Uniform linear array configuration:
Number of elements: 8
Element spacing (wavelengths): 1
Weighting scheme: cosine
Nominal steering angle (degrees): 60
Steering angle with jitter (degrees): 61.163
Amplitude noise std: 0.05
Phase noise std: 0.05

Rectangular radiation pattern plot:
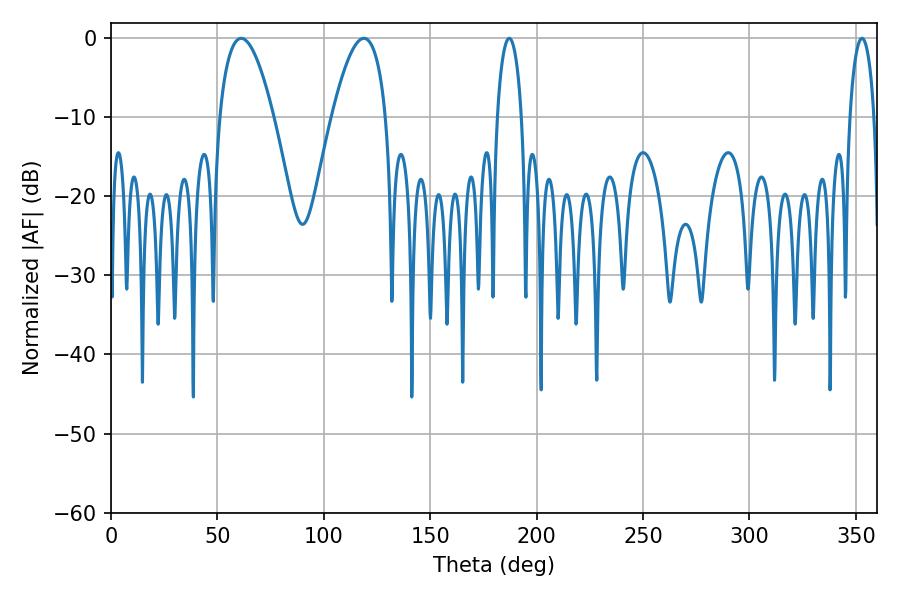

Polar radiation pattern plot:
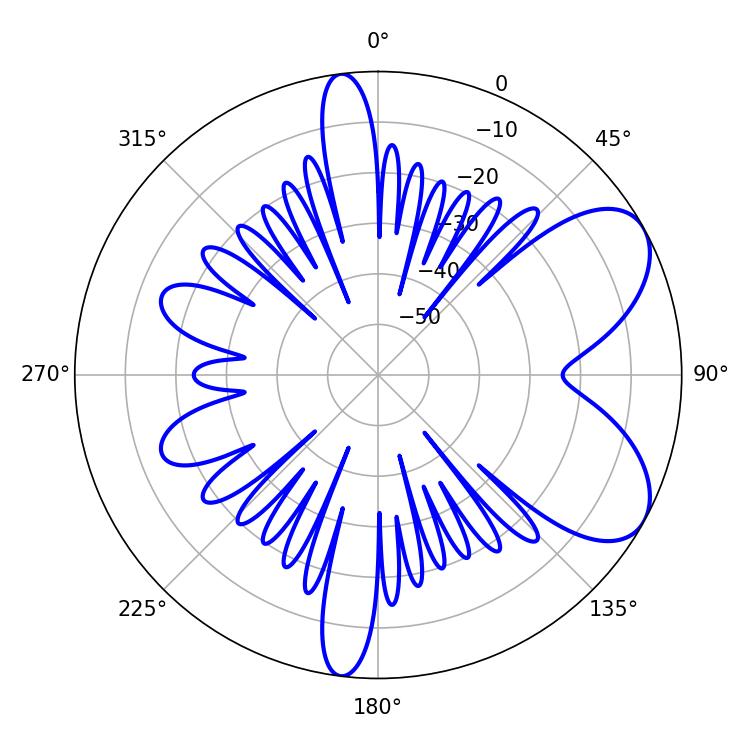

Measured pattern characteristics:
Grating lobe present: TRUE
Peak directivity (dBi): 6.778
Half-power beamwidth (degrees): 14.04
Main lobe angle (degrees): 61.2